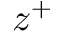
z ^ { + }